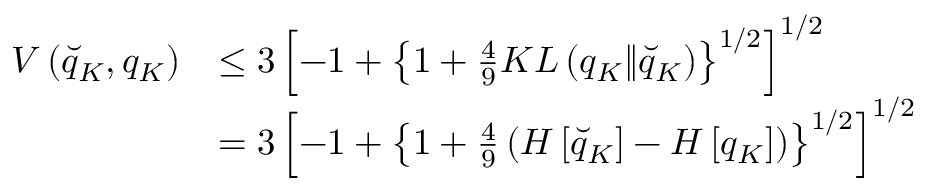
\begin{array} { r l } { V \left( \breve { q } _ { K } , q _ { K } \right) } & { \leq 3 \left[ - 1 + \left\{ 1 + \frac { 4 } { 9 } K L \left( q _ { K } \| \breve { q } _ { K } \right) \right\} ^ { 1 / 2 } \right] ^ { 1 / 2 } } \\ & { = 3 \left[ - 1 + \left\{ 1 + \frac { 4 } { 9 } \left( H \left[ \breve { q } _ { K } \right] - H \left[ q _ { K } \right] \right) \right\} ^ { 1 / 2 } \right] ^ { 1 / 2 } } \end{array}